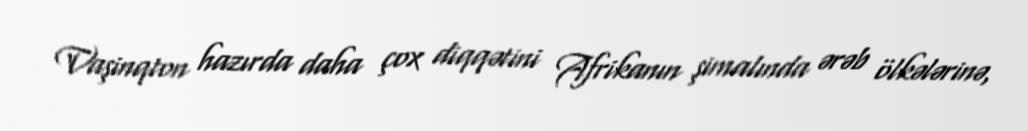
Vaşinqton hazırda daha çox diqqətini Afrikanın şimalında ərəb ölkələrinə,